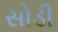
સોડી